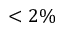
< 2 \%